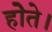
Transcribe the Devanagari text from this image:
होेते।